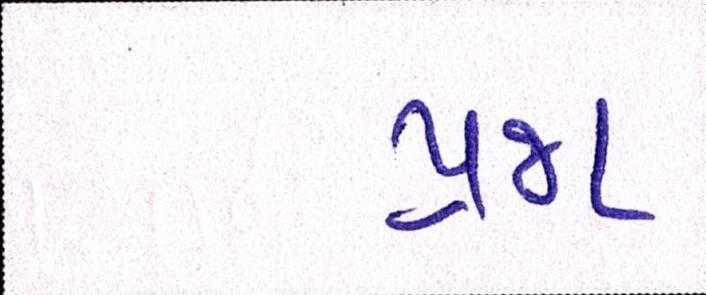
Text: પ્રજા